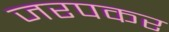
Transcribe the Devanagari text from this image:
जरपकर